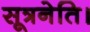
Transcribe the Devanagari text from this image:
सूत्रनेति।